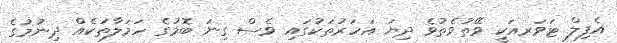
އެފިލް ޓަވަރއަކީ ވޭތުވެތުވެ ދިޔަ އަހަރުތަކުގައި ވެސް ގިނަ ބޮމުގެ ހަމަލާތަކެއް ދިނުމުގެ